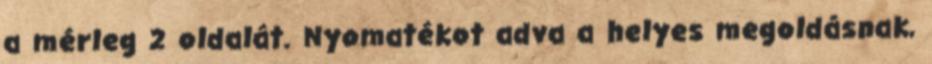
a mérleg 2 oldalát. Nyomatékot adva a helyes megoldásnak,